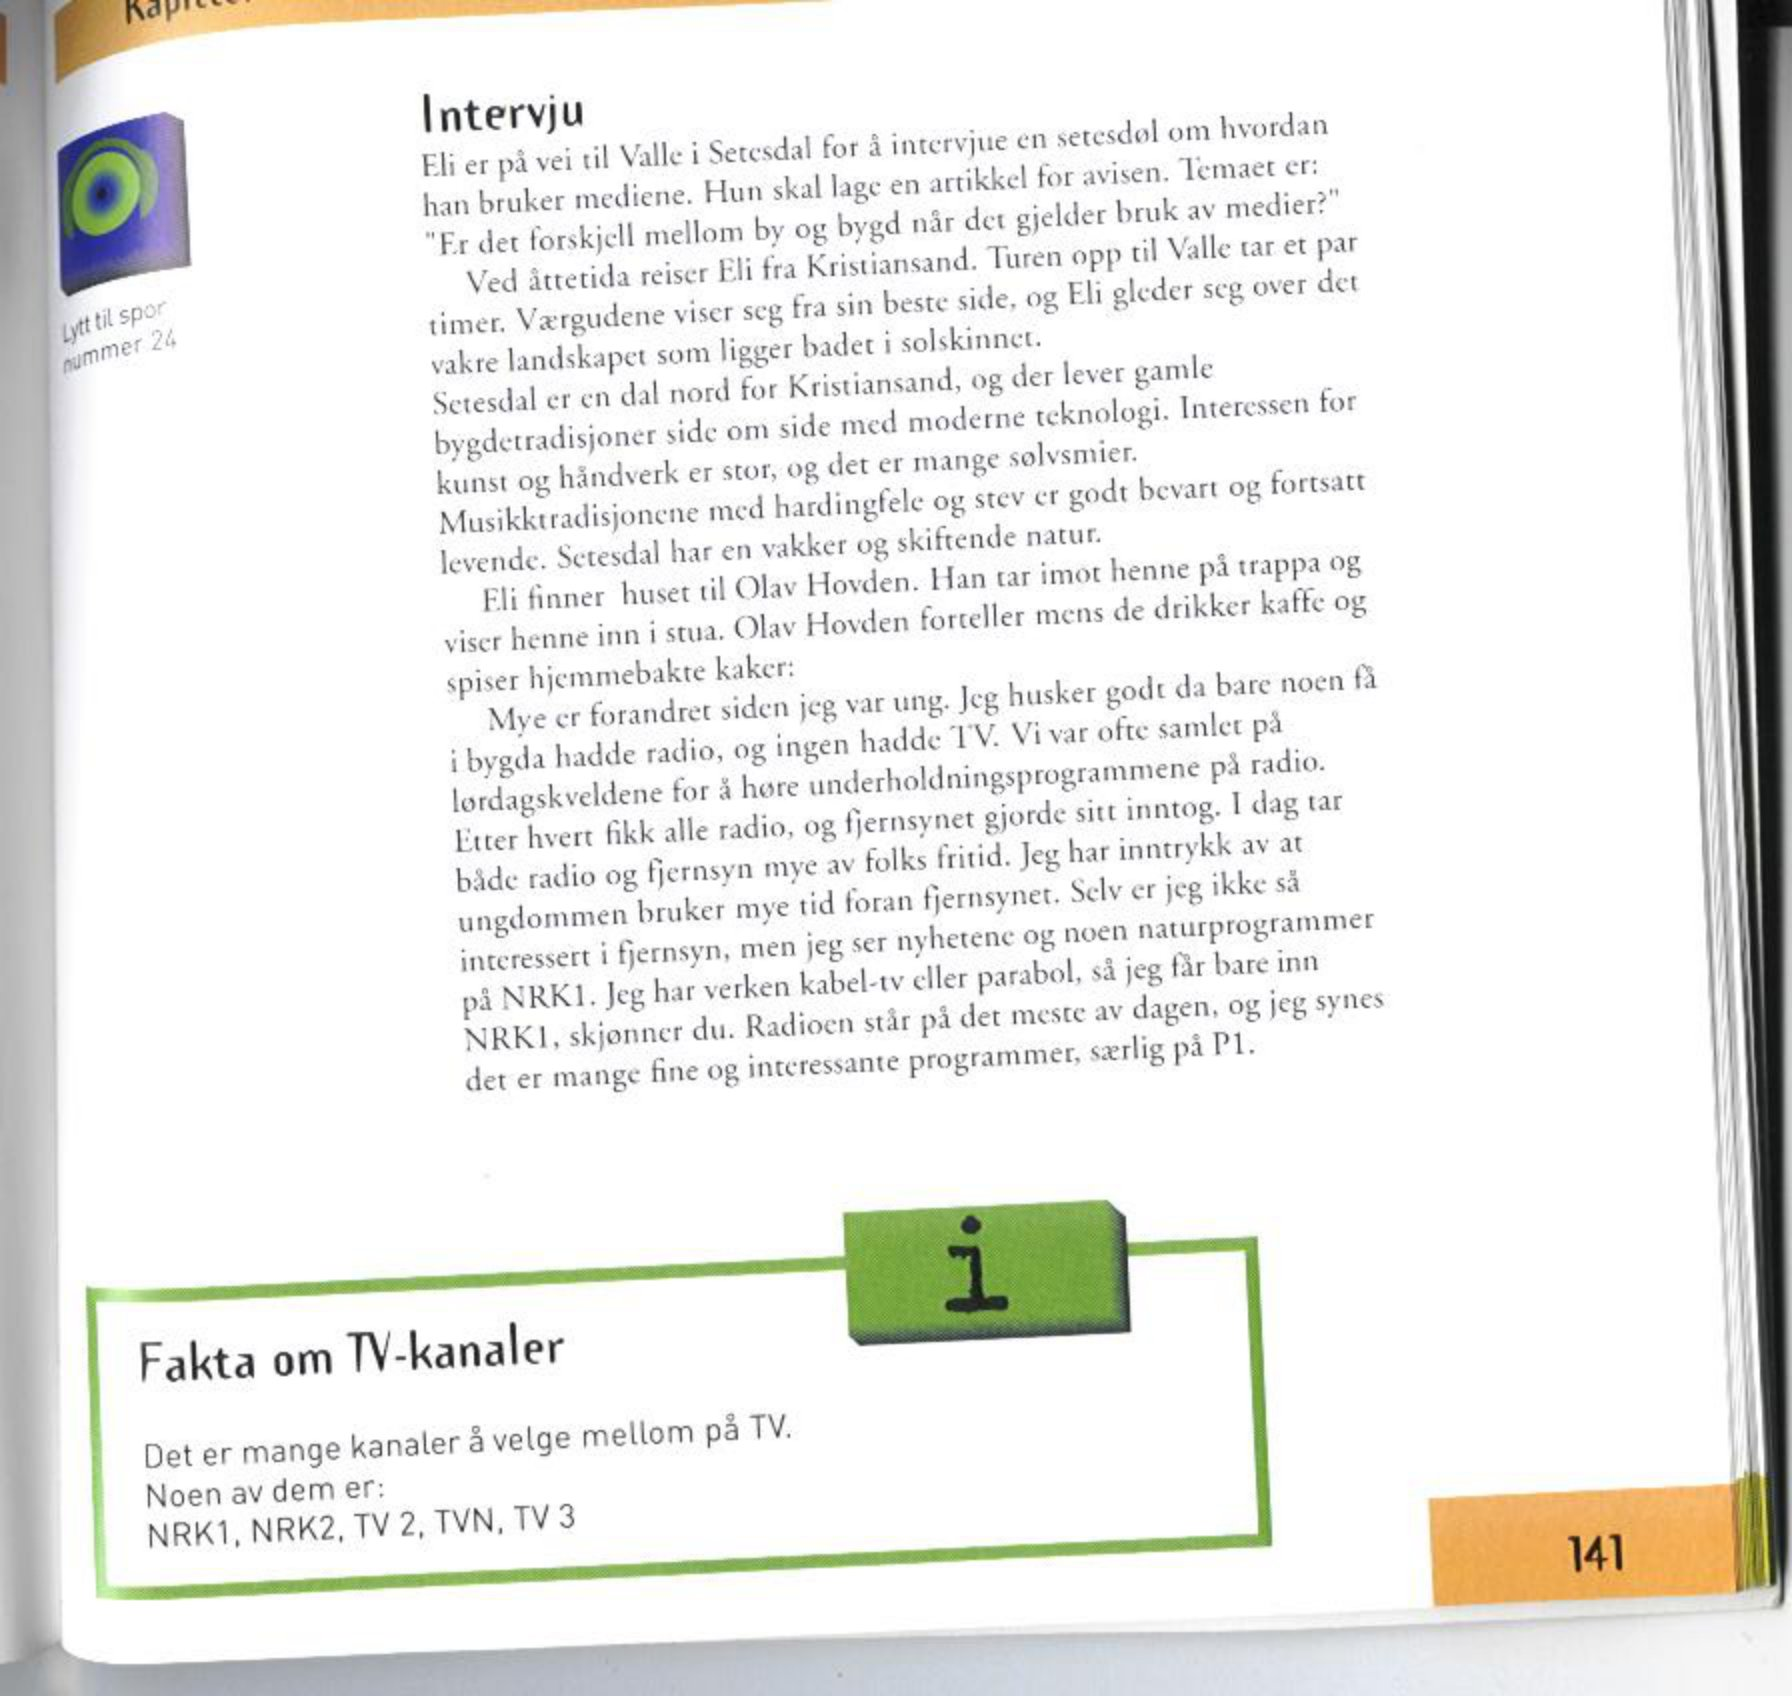
Language: no